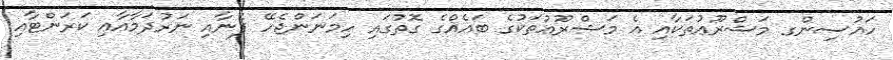
ހައުސިންގ މަޝްރޫޢުތަކާއި އެ މަޝްރޫޢުތަކުގެ ބައެއްގެ ގޮތުގައި ހިމަނަންޖެހޭ ފެނާއި ނަރުދަމާއާއި ކަރަންޓާއި